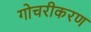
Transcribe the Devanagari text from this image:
गोचरीकरण